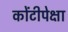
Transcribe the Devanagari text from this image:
कोंटीपेक्षा